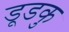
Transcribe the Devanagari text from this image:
डूडकु